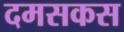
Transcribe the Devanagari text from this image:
दमसकस